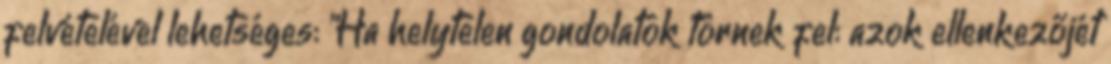
felvételével lehetséges: "Ha helytelen gondolatok törnek fel: azok ellenkezőjét